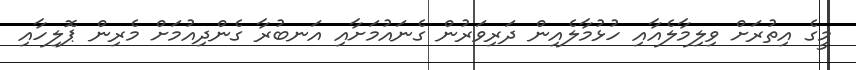
މީގެ އިތުރަށް ވިލިމާލެއާއި ހުޅުމާލެއިން ދަރިވަރުން ގެނައުމަށާއި އަނބުރާ ގެންދިއުމަށް މެރިން ޕޮލިހާއި